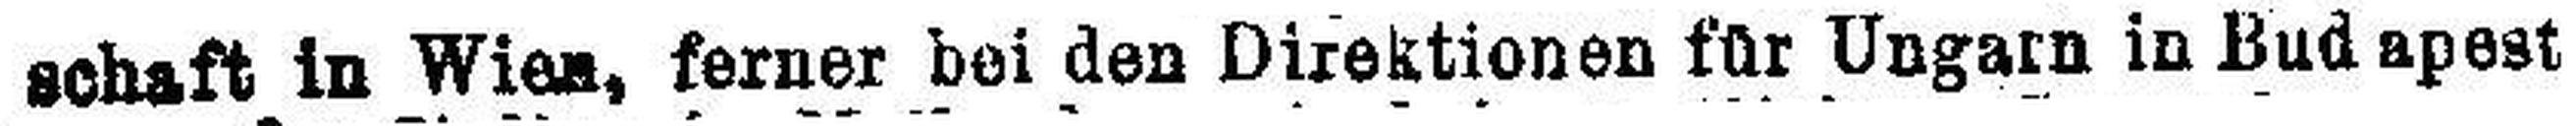
schaft in Wien, ferner bei den Direktionen für Ungarn in Budapest